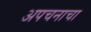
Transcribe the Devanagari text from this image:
अपचनाचा